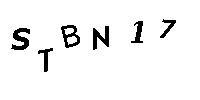
STBN17